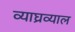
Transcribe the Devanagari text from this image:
व्याघ्रव्याल